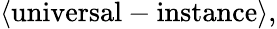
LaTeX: \langle\mathrm{universal-instance}\rangle,